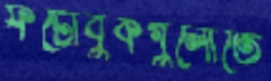
ফটোবুকগুলোতে